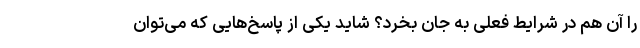
را آن هم در شرایط فعلی به جان بخرد؟ شاید یکی از پاسخ‌هایی که می‌توان